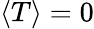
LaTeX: \left\langle T\right\rangle=0